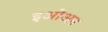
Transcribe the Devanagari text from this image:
इओअन